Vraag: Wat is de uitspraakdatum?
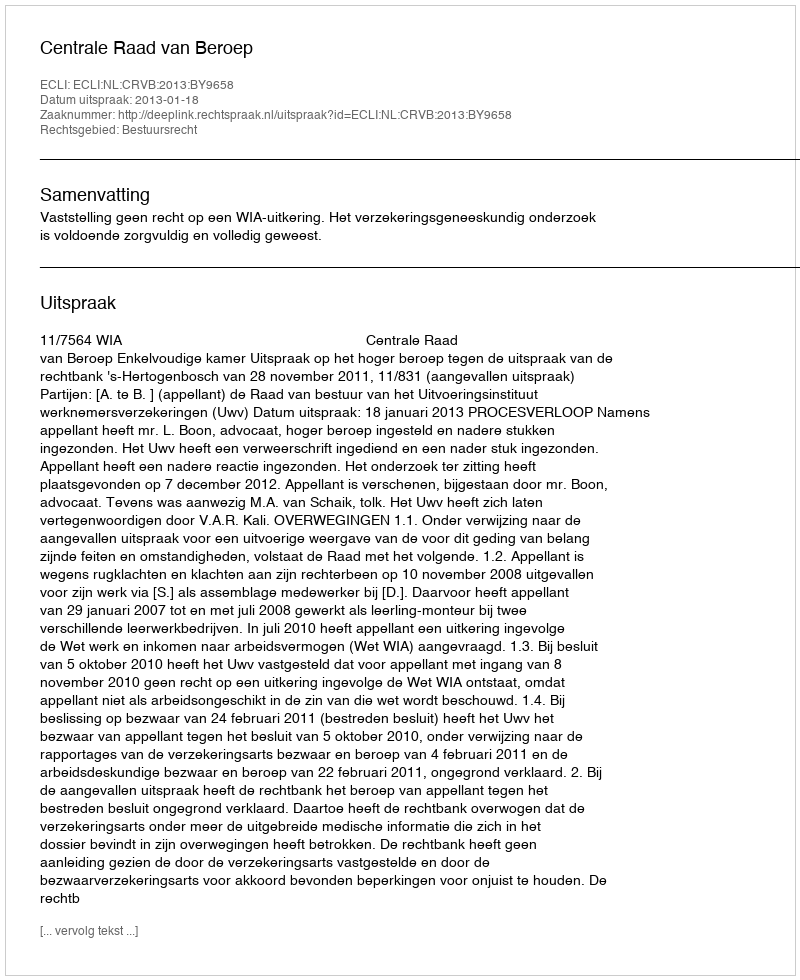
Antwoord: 2013-01-18